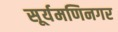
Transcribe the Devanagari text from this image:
सूर्यमणिनगर